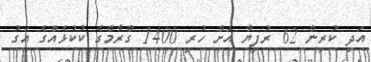
އަދި ކުރިން 62 ރުފިޔާ އަށް ހުރި 1400 ގްރާމްގެ ކުކުޅެއްގެ އަގު